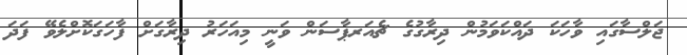
ޖަލްސާގައި ވާހަކަ ދައްކަވަމުން ދިރާގުގެ ޗެއަރޕާސަން ވަނީ މިއަހަރު ދިރާގަށް ފާހަގަކޮށްލެވޭ ފަދަ